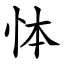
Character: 㤓